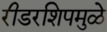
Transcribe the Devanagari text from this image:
रीडरशिपमुळे